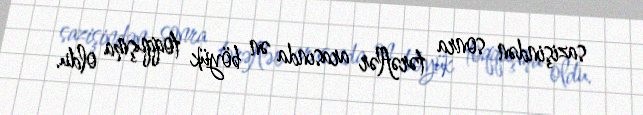
sazişindən sonra tərəflər arasında ən böyük toqquşma oldu.